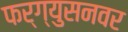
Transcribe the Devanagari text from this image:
फर्ग्युसनवर